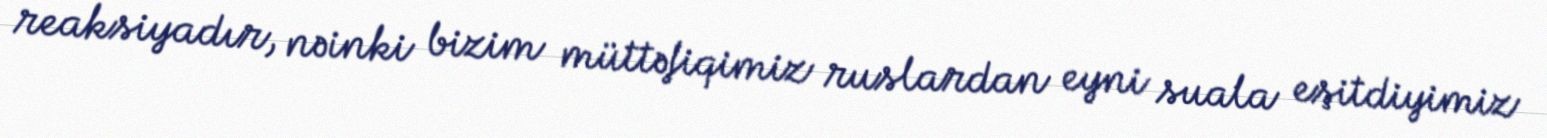
reaksiyadır, nəinki bizim müttəfiqimiz ruslardan eyni suala eşitdiyimiz